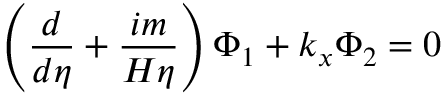
\left( \frac d { d \eta } + \frac { i m } { H \eta } \right) \Phi _ { 1 } + k _ { x } \Phi _ { 2 } = 0